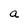
Character: a